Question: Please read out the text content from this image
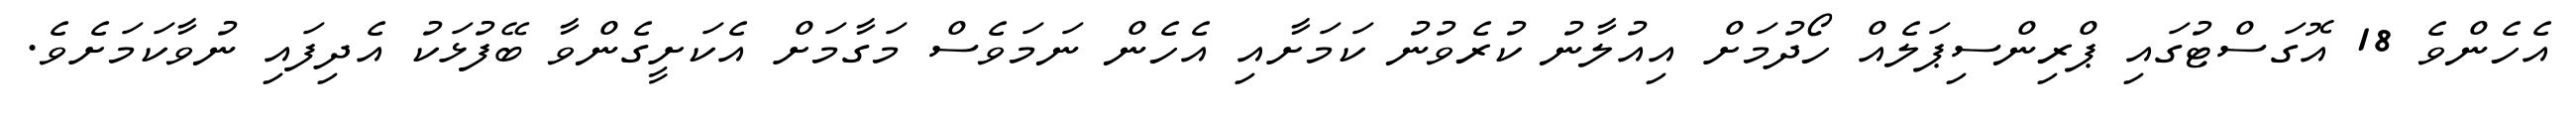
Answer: އެހެންވެ 18 އޮގަސްޓުގައި ޕްރިންސިޕަލެއް ހޯދުމަށް އިއުލާނު ކުރެވުނު ކަމަށާއި އެހެން ނަމަވެސް މަގާމަށް އެކަށީގެންވާ ބޭފުޅަކު އެދިފައި ނުވާކަމަށެވެ.